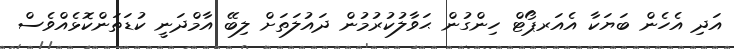
އަދި އެހެން ބަޔަކާ އެއަރޕޯޓް ހިންގުން ޙަވާލުކުރުމުން ދައުލަތަށް ލިބޭ އާމްދަނީ ކުޑަތަންކޮޅެއްވެސް